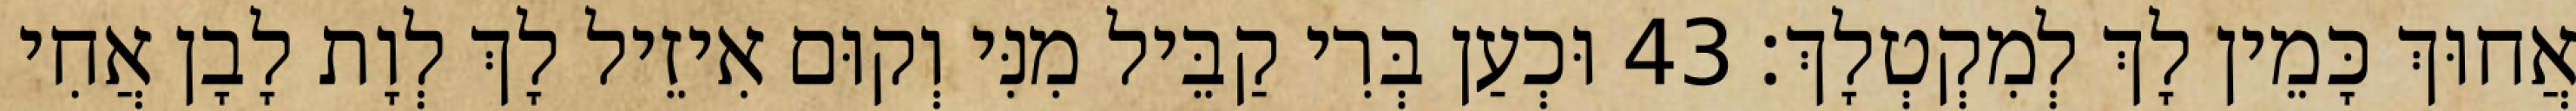
אֲחוּךְ כָּמֵין לָךְ לְמִקְטְלָךְ׃ 43 וּכְעַן בְּרִי קַבֵּיל מִנִּי וְקוּם אִיזֵיל לָךְ לְוָת לָבָן אֲחִי